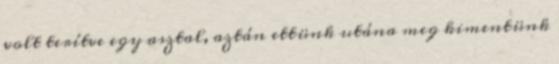
volt terítve egy asztal, aztán ettünk utána meg kimentünk